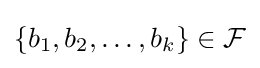
\{b_{1},b_{2},\ldots ,b_{k}\}\in {\mathcal {F}}